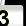
Digit: 3